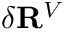
\delta \mathbf { R } ^ { V }